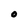
Character: O